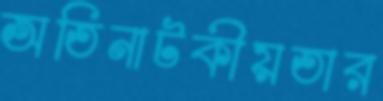
অতিনাটকীয়তার